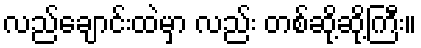
လည်ချောင်းထဲမှာ လည်း တစ်ဆို့ဆို့ကြီး။